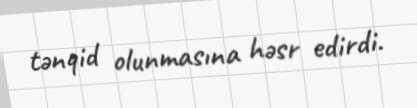
tənqid olunmasına həsr edirdi.